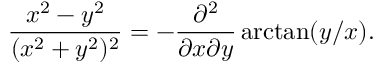
{ \frac { x ^ { 2 } - y ^ { 2 } } { ( x ^ { 2 } + y ^ { 2 } ) ^ { 2 } } } = - { \frac { \partial ^ { 2 } } { \partial x \partial y } } \arctan ( y / x ) .